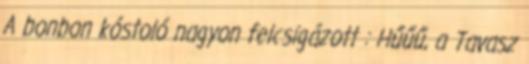
A bonbon kóstoló nagyon felcsigázott : Hűűű, a Tavasz